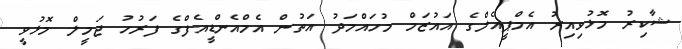
ޝާކިރު މޮޅުވިއިރު އެމްޕީއެލްގެ އައުޒަމް މުހައްމަދު އަތުން އެމްއެންޑީއެފްގެ ފަރުހު ޖަމީލް މޮޅުވީ